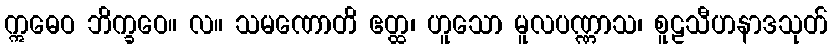
ဣဓေဝ ဘိက္ခဝေ။ လ။ သမဏောတိ ဧတ္ထ၊ ဟူသော မူလပဏ္ဏာသ၊ စူဠသီဟနာဒသုတ်